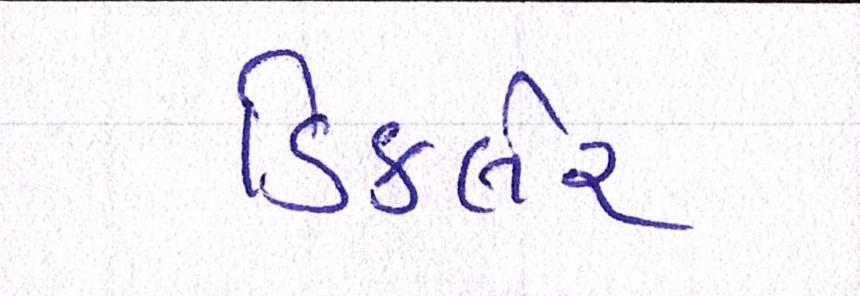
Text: ડિકલેર